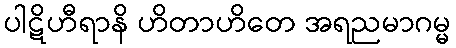
ပါဋိဟီရာနိ ဟိတာဟိတေ အရညမာဂမ္မ